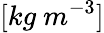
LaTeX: [kg\ m^{-3}]